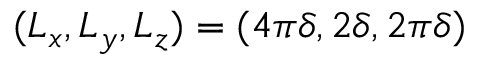
( L _ { x } , L _ { y } , L _ { z } ) = ( 4 \pi \delta , 2 \delta , 2 \pi \delta )